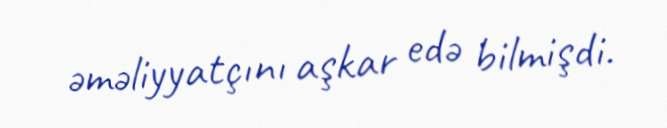
əməliyyatçını aşkar edə bilmişdi.